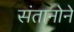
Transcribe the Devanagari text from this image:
संतानोने